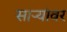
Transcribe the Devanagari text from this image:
साऱ्यांवर